Vaccination in Bombay 1902-1912 - 1902-1912
Year: 1902
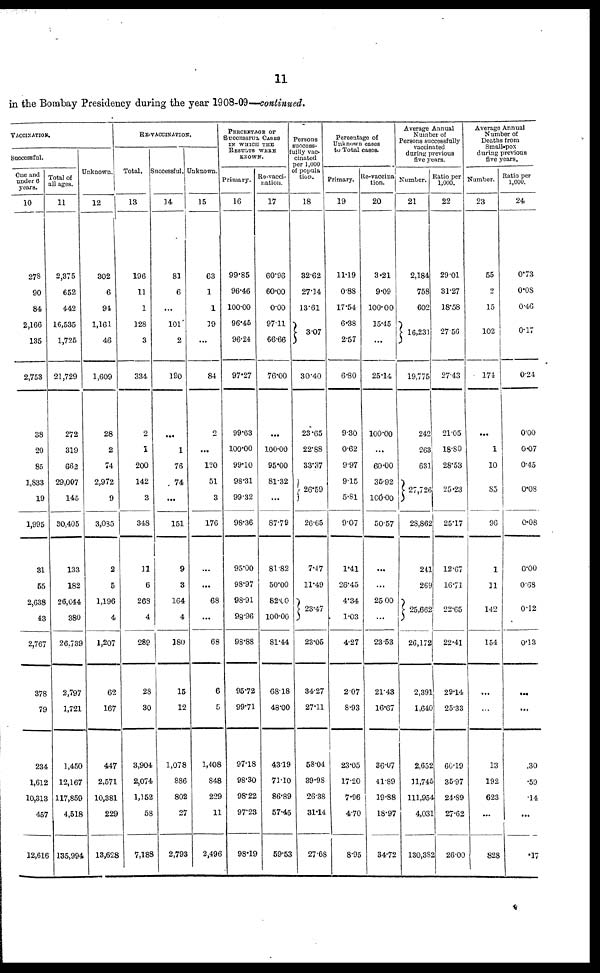
11
in the Bombay Presidency during the year 1908-09—continued.
VACCINATION.
Successful.
One and
under 6
years.
10
278
90
84
2,166
135
2,753
38
20
85
1,833
19
1,995
31
55
2,638
43
2,767
378
79
234
1,612
10,313
457
12,616
Total of
all ages.
11
2,375
652
442
16,535
1,725
21,729
272
319
662
29,007
145
30,405
133
182
26,044
380
26,739
2,797
1,721
1,450
12,167
117,859
4,518
135,994
Unknown.
12
302
6
94
1,161
46
1,609
28
2
74
2,972
9
3,085
2
5
1,196
4
1,207
62
167
447
2,571
10,381
229
13,628
RE-VACCINATION.
Total.
13
196
11
1
128
3
334
2
1
200
142
3
348
11
6
268
4
289
28
30
3,904
2,074
1,152
58
7,188
Successful.
14
81
6
...
101
2
190
...
1
76
74
...
151
9
3
164
4
180
15
12
1,078
886
802
27
2,793
Unknown.
15
63
1
1
19
...
84
2
...
120
51
3
176
...
...
68
...
68
6
5
1,408
848
229
11
2,496
PERCENTAGE OF
SUCCESSFUL CASES
IN WHICH THE
RESULTS WERE
KNOWN.
Primary.
16
99.85
96.46
100.00
96.45
96.24
97.27
99.63
100.00
99.10
98.31
99.32
98.36
95.00
98.97
98.91
98.96
98.88
95.72
99.71
97.18
98.30
98.22
97.23
98.19
Re-vacci-
nation.
17
60.96
60.00
0.00
97.11
66.66
76.00
...
100.00
95.00
81.32
...
87.79
81.82
50.00
82.00
100.00
81.44
68.18
48.00
43.19
71.10
86.89
57.45
59.53
Persons
success-
fully vac-
cinated
per 1,000
of popula
tion.
18
32.62
27.14
13.61
3.07
30.40
23.65
22.88
33.37
26.59
26.65
7.47
11.49
23.47
23.05
34.27
27.11
58.04
39.98
26.38
31.14
27.68
Percentage of
Unknown cases
to Total cases.
Primary.
19
11.19
0.88
17.54
6.38
2.57
6.80
9.30
0.62
9.97
9.15
5.81
9.07
1.41
26.45
4.34
1.03
4.27
2.07
8.93
23.05
17.20
7.96
4.70
8.95
Re-vaccina-
tion.
20
3.21
9.09
100.00
15.45
...
25.14
100.00
...
60.00
35.92
100.00
50.57
...
...
25.00
...
23.53
21.43
16.67
36.07
41.89
19.88
18.97
34.72
Average Annual
Number of
Persons successfully
vaccinated
during previous
five years.
Number.
21
2,184
758
602
16,231
19,775
242
263
631
27,726
28,862
241
269
25,662
26,172
2,391
1,640
2,652
11,745
111,954
4,031
130,382
Ratio per
1,000.
22
29.01
31.27
18.58
27.56
27.43
21.05
18.80
28.53
25.23
25.17
12.67
16.71
22.65
22.41
29.14
25.33
60.19
35.97
24.89
27.62
26.00
Average Annual
Number of
Deaths from
Small-pox
during previous
five years.
Number.
23
55
2
15
102
174
...
1
10
85
96
1
11
142
154
...
...
13
192
623
...
828
Ratio per
1,000.
24
0.73
0.08
0.46
0.17
0.24
0.00
0.07
0.45
0.08
0.08
0.00
0.68
0.12
0.13
...
...
.30
.59
.14
...
.17